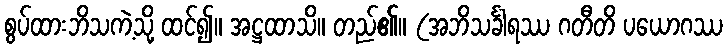
စွပ်ထားဘိသကဲ့သို့ ထင်၍။ အဋ္ဌထာသိ။ တည်၏။ (အဘိသင်္ခါရဿ ဂတီတိ ပယောဂဿ